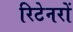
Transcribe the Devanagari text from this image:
रिटेनरों